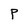
Character: P